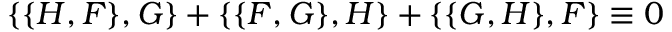
\{ \{ H , F \} , G \} + \{ \{ F , G \} , H \} + \{ \{ G , H \} , F \} \equiv 0